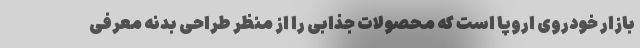
بازار خودروی اروپا است که محصولات جذابی را از منظر طراحی بدنه معرفی